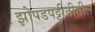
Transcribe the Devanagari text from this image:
झोपडपट्टीतीतील